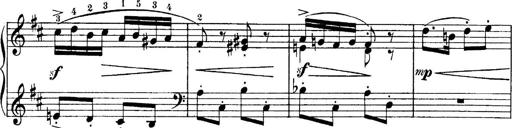
Title: 4 Sonatines
Composer: Max Reger